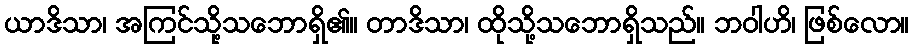
ယာဒိသာ၊ အကြင်သို့သဘောရှိ၏။ တာဒိသာ၊ ထိုသို့သဘောရှိသည်။ ဘဝါဟိ၊ ဖြစ်လော။